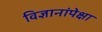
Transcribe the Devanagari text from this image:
विज्ञानांपेक्षा